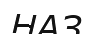
НАЗ